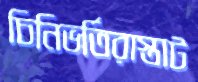
চিনিভর্তিরাস্তাট